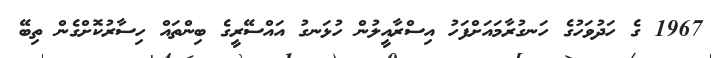
1967 ގެ ހަދުވަހުގެ ހަނގުރާމައަށްފަހު އިސްރާއީލުން ހުޅަނގު އައްސޭރީގެ ބިންތައް ހިސާރުކޮށްގެން ތިބޭ